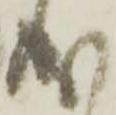
成